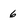
Character: 6